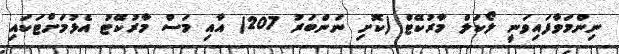
ނިންމަވާފައިވަނީ ލޯކަލް މާރުކޭޓް (ކޮށި ނަންބަރު 207) އާއި މަސް މާރުކޭޓު އެޅުމަށްޓަކައި